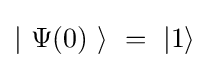
\left|\ \Psi (0)\ \right\rangle \ =\ \left|1\right\rangle